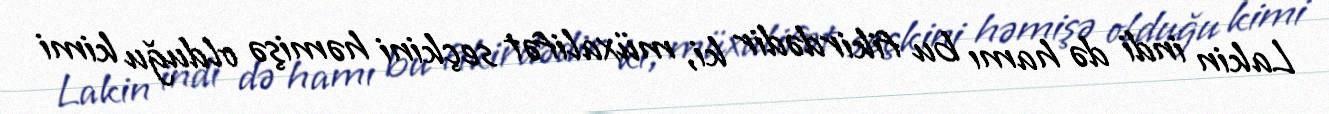
Lakin indi də hamı bu fikirdədir ki, müxalifət seçkini həmişə olduğu kimi